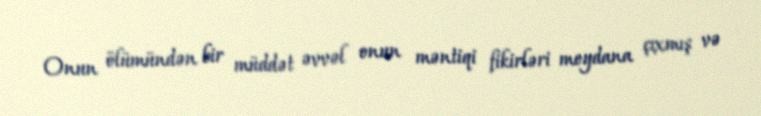
Onun ölümündən bir müddət əvvəl onun məntiqi fikirləri meydana çıxmış və